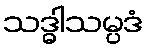
သဒ္ဓါသမ္ပဒံ